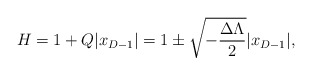
\begin{align*}H=1+Q|x_{D-1}|=1\pm\sqrt{-{{\Delta\Lambda}\over{2}}}|x_{D-1}|,\end{align*}